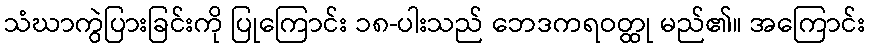
သံဃာကွဲပြားခြင်းကို ပြုကြောင်း ၁၈-ပါးသည် ဘေဒကရဝတ္ထု မည်၏။ အကြောင်း